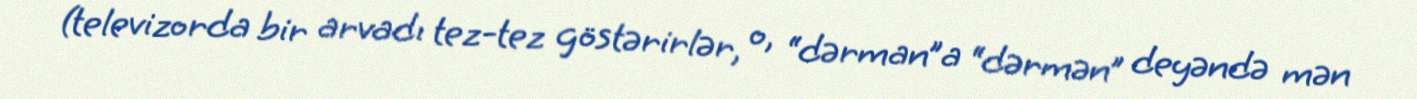
(televizorda bir arvadı tez-tez göstərirlər, o, “dərman”a “dərmən” deyəndə mən